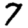
Digit: 7